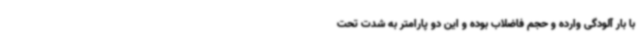
با بار آلودگی وارده و حجم فاضلاب بوده و این دو پارامتر به شدت تحت